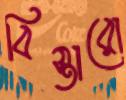
বিস্তারো